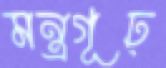
মন্ত্রগূঢ়